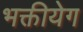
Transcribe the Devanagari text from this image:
भक्तीयेग